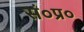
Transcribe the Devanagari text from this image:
सं०प्र०